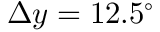
\Delta y = 1 2 . 5 ^ { \circ }